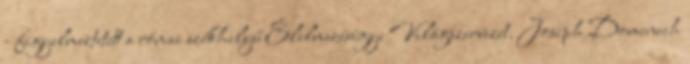
- figyelmeztetett a római székhelyű Élelmezésügyi Világszervezet. Joseph Domenech